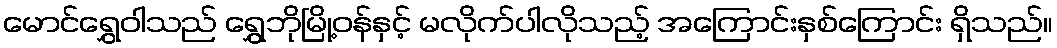
မောင်ရွှေဝါသည် ရွှေဘိုမြို့ဝန်နှင့် မလိုက်ပါလိုသည့် အကြောင်းနှစ်ကြောင်း ရှိသည်။